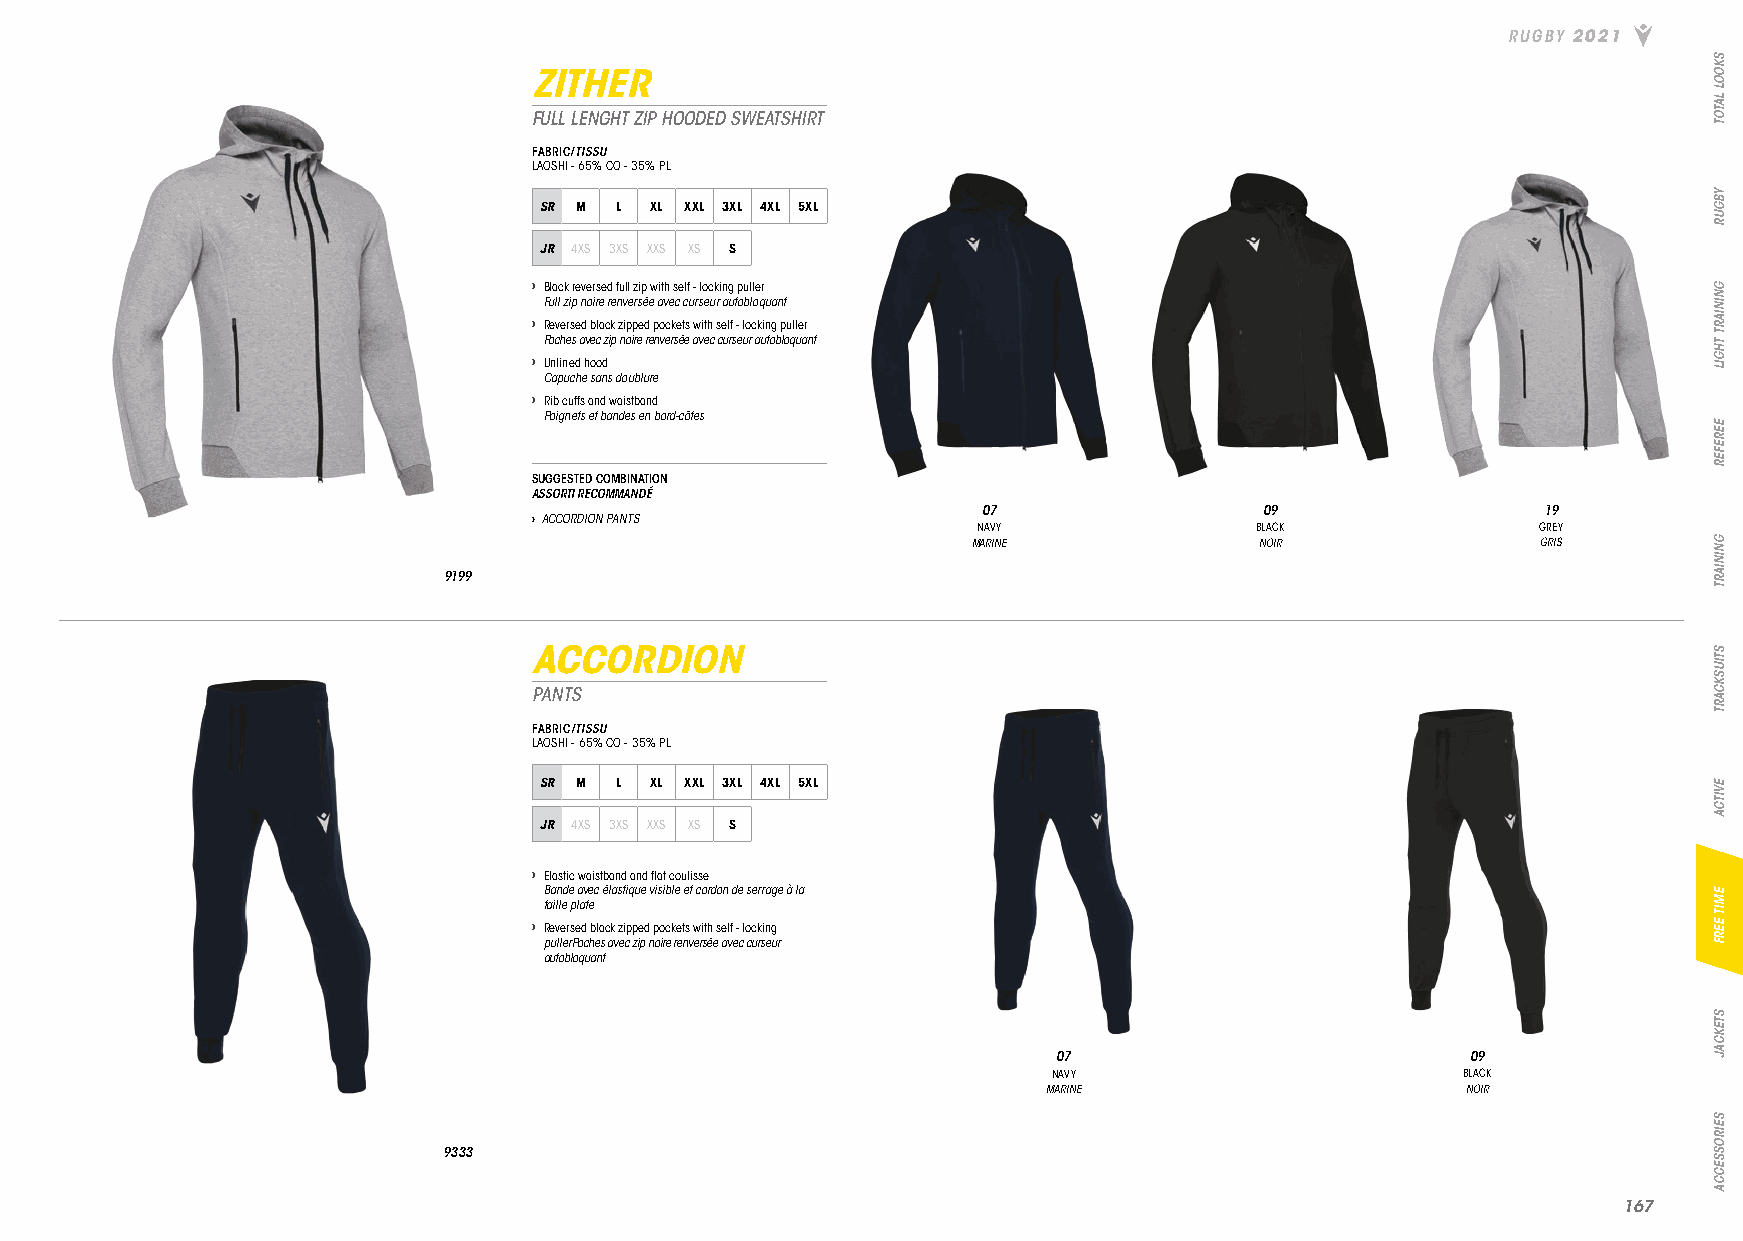
RUGBY 2021
 ZITHER
 FULL LENGHT ZIP HOODED SWEATSHIRT
 FABRIC/TISSU
 LAOSHI - 65% CO - 35% PL
 SR M L XL XXL 3XL 4XL 5XL
 JR 4XS 3XS XXS XS S
 › Black reversed full zip with self - locking puller
 Full zip noire renversée avec curseur autobloquant
 › Reversed black zipped pockets with self - locking puller
 Poches avec zip noire renversée avec curseur autobloquant
 › Unlined hood
 Capuche sans doublure
 › Rib cuffs and waistband
 Poignets et bandes en bord-côtes
 SUGGESTED COMBINATION
 ASSORTI RECOMMANDÉ
 07                 09                19
 › ACCORDION PANTS
 NAVY              BLACK              GREY
 MARINE             NOIR               GRIS
 9199
 ACCORDION
 PANTS
 FABRIC/TISSU
 LAOSHI - 65% CO - 35% PL
 SR M L XL XXL 3XL 4XL 5XL
 JR 4XS 3XS XXS XS S
 › Elastic waistband and flat coulisse
 Bande avec élastique visible et cordon de serrage à la
 taille plate
 › Reversed black zipped pockets with self - locking
 pullerPoches avec zip noire renversée avec curseur
 autobloquant
 07                         09
 NAVY                       BLACK
 MARINE                      NOIR
 9333
 116677
 SKOOL
 LATOT
 YBGUR
 GNINIART
 THGIL
 EEREFER
 GNINIART
 STIUSKCART
 EVITCA
 EMIT
 EERF
 STEKCAJ
 SEIROSSECCA